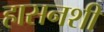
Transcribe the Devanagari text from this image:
हासनशी